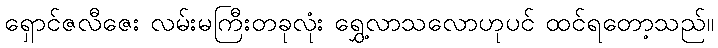
ရှောင်ဇလီဇေး လမ်းမကြီးတခုလုံး ရွှေ့လာသလောဟုပင် ထင်ရတော့သည်။